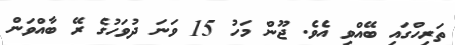
ތަރިހްގައި ބޭއްވި އެވެ. ޖޫން މަހު 15 ވަނަ ދުވަހުގެ ރޭ ބާއްވަން